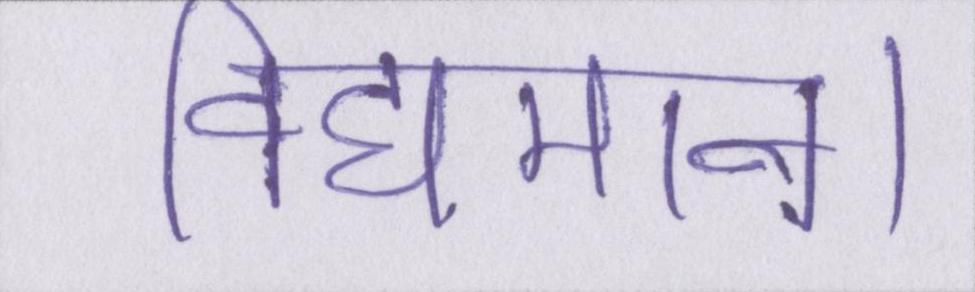
विद्यमान।